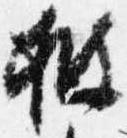
披